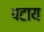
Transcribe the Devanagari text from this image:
पटाय